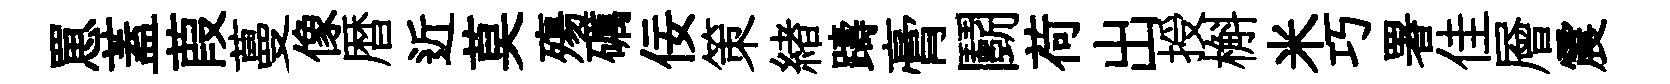
罳蓋葭蔓像暦近莫殤礪佞策緖躊膏鬬荷出授槲米巧署佳層震